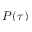
P ( \tau )